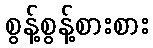
စွန့်စွန့်စားစား